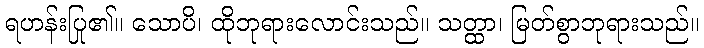
ရဟန်းပြု၏။ သောပိ၊ ထိုဘုရားလောင်းသည်။ သတ္ထာ၊ မြတ်စွာဘုရားသည်။